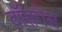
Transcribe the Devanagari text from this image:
वॉसगेस